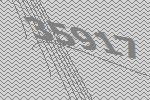
35917